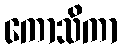
ကောသိကာ